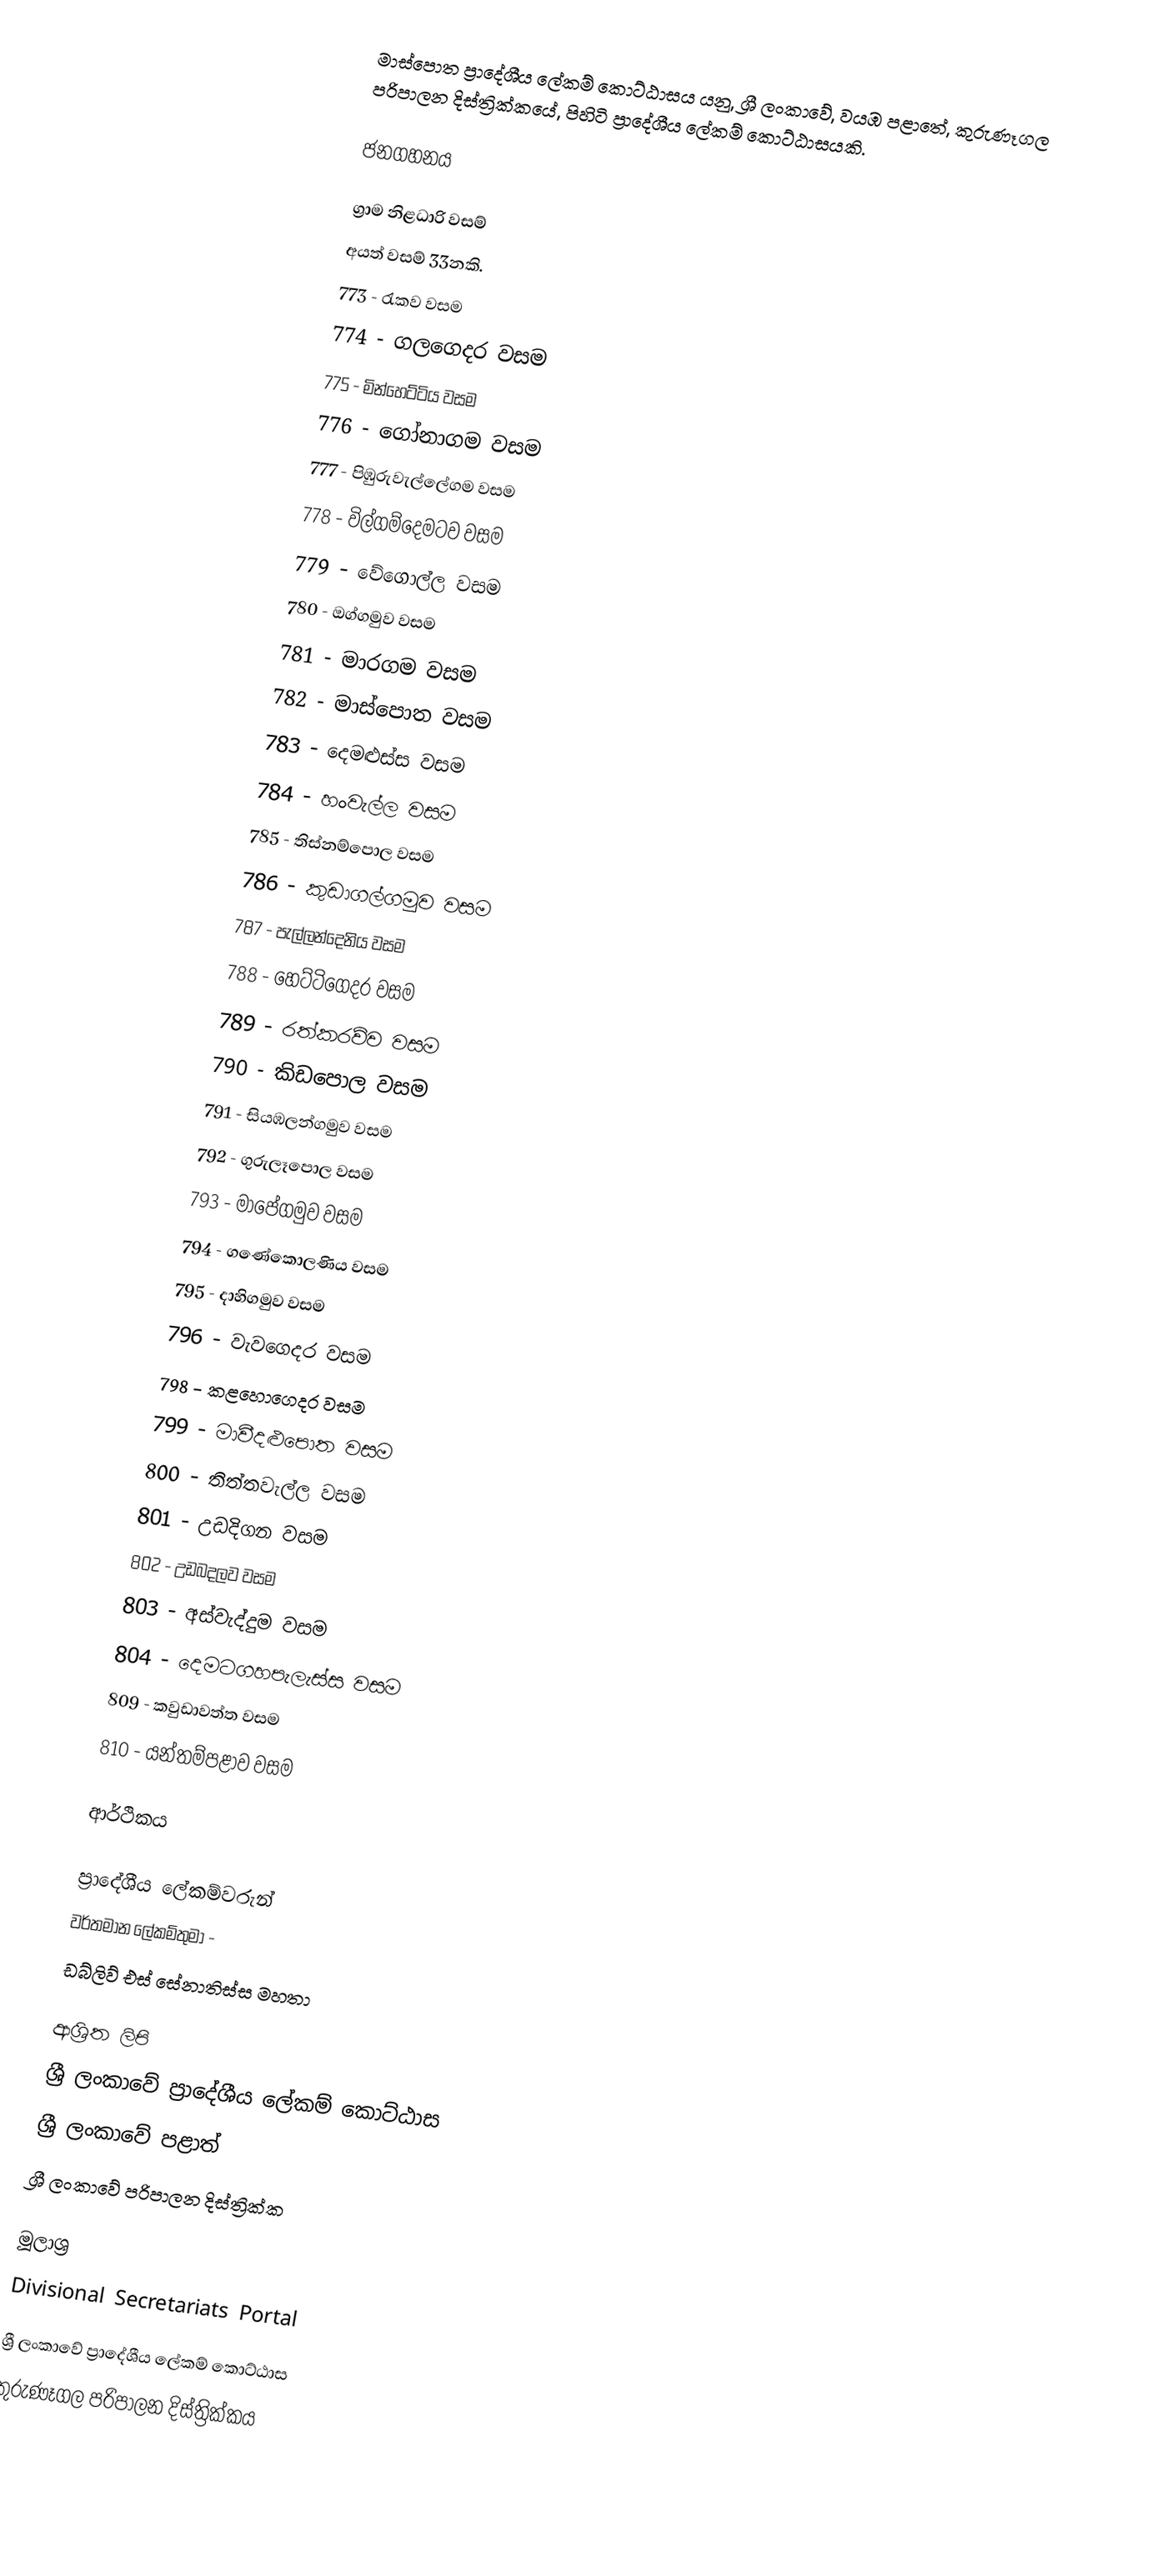
මාස්පොත ප්‍රාදේශීය ලේකම් කොට්ඨාසය යනු,  ශ්‍රී ලංකාවේ, වයඹ පළාතේ,   කුරුණෑගල පරිපාලන දිස්ත්‍රික්කයේ, පිහිටි ප්‍රාදේශීය ලේකම් කොට්ඨාසයකි.

ජනගහනය

ග්‍රාම නිළධාරි වසම්
අයත් වසම් 33නකි.
 773 - රැකව වසම
 774 - ගලගෙදර වසම
 775 - මින්හෙට්ටිය වසම
 776 - ගෝනාගම වසම
 777 - පිඹුරුවැල්ලේගම වසම
 778 - විල්ගම්දෙමටව වසම
 779 - වේගොල්ල වසම
 780 - ඔග්ගමුව වසම
 781 - මාරගම වසම
 782 - මාස්පොත වසම
 783 - දෙමළුස්ස වසම
 784 - හංවැල්ල වසම
 785 - තිස්නම්පොල වසම
 786 - කුඩාගල්ගමුව වසම
 787 - පැල්ලන්දෙනිය වසම
 788 - හෙට්ටිගෙදර වසම
 789 - රත්කරව්ව වසම
 790 - කිඩපොල වසම
 791 - සියඹලන්ගමුව වසම
 792 - ගුරුලෑපොල වසම
 793 - මාපේගමුව වසම
 794 - ගණේකොලණිය වසම
 795 - දාහිගමුව වසම
 796 - වැවගෙදර වසම
 798 - කළහොගෙදර වසම
 799 - මාවීදළුපොත වසම
 800 - තිත්තවැල්ල වසම
 801 - උඩදිගන වසම
 802 - උඩබදලව වසම
 803 - අස්වැද්දුම වසම
 804 - දෙමටගහපැලැස්ස වසම
 809 - කවුඩාවත්ත වසම
 810 - යන්තම්පළාව වසම

ආර්ථිකය

ප්‍රාදේශීය ලේකම්වරුන්
වර්තමාන ලේකම්තුමා -
ඩබ්ලිව් එස් සේනාතිස්ස මහතා

ආශ්‍රිත ලිපි
ශ්‍රී ලංකාවේ ප්‍රාදේශීය ලේකම් කොට්ඨාස
ශ්‍රී ලංකාවේ පළාත්
ශ්‍රී ලංකාවේ පරිපාලන දිස්ත්‍රික්ක

මූලාශ්‍ර
 Divisional Secretariats Portal

ශ්‍රී ලංකාවේ ප්‍රාදේශීය ලේකම් කොට්ඨාස
කුරුණෑගල පරිපාලන දිස්ත්‍රික්කය